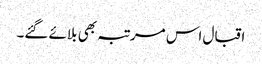
اقبال اس مرتبہ بھی بلائے گئے۔